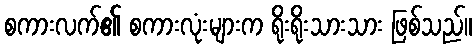
စကားလက်၏ စကားလုံးများက ရိုးရိုးသားသား ဖြစ်သည်။